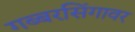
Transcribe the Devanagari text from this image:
गब्बरसिंगावर